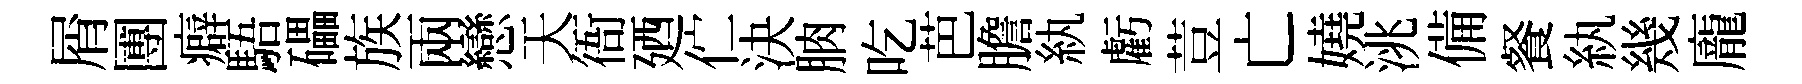
屑圑癖䮏礧族兩戀天衙廼伫決朒吃芭膽紈虧荳亡嬈洮備餐紈幾龐